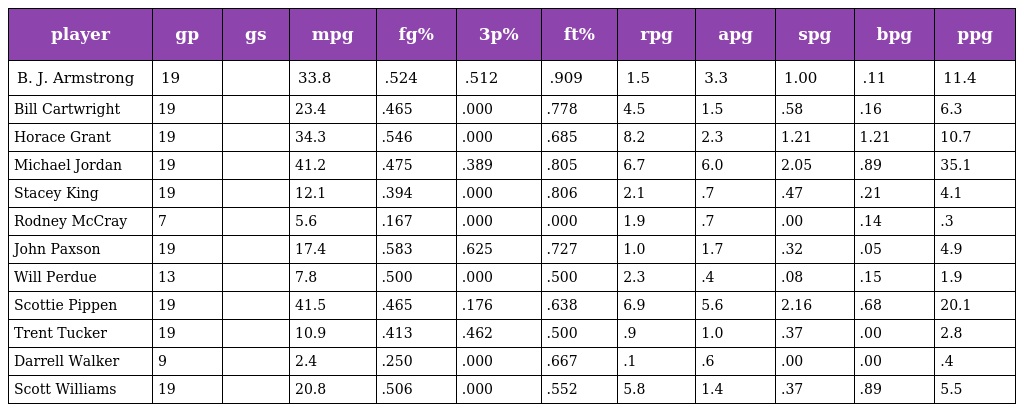
| player | gp | gs | mpg | fg% | 3p% | ft% | rpg | apg | spg | bpg | ppg |
 | --- | --- | --- | --- | --- | --- | --- | --- | --- | --- | --- | --- |
 | B. J. Armstrong | 19 |  | 33.8 | .524 | .512 | .909 | 1.5 | 3.3 | 1.00 | .11 | 11.4 |
 | Bill Cartwright | 19 |  | 23.4 | .465 | .000 | .778 | 4.5 | 1.5 | .58 | .16 | 6.3 |
 | Horace Grant | 19 |  | 34.3 | .546 | .000 | .685 | 8.2 | 2.3 | 1.21 | 1.21 | 10.7 |
 | Michael Jordan | 19 |  | 41.2 | .475 | .389 | .805 | 6.7 | 6.0 | 2.05 | .89 | 35.1 |
 | Stacey King | 19 |  | 12.1 | .394 | .000 | .806 | 2.1 | .7 | .47 | .21 | 4.1 |
 | Rodney McCray | 7 |  | 5.6 | .167 | .000 | .000 | 1.9 | .7 | .00 | .14 | .3 |
 | John Paxson | 19 |  | 17.4 | .583 | .625 | .727 | 1.0 | 1.7 | .32 | .05 | 4.9 |
 | Will Perdue | 13 |  | 7.8 | .500 | .000 | .500 | 2.3 | .4 | .08 | .15 | 1.9 |
 | Scottie Pippen | 19 |  | 41.5 | .465 | .176 | .638 | 6.9 | 5.6 | 2.16 | .68 | 20.1 |
 | Trent Tucker | 19 |  | 10.9 | .413 | .462 | .500 | .9 | 1.0 | .37 | .00 | 2.8 |
 | Darrell Walker | 9 |  | 2.4 | .250 | .000 | .667 | .1 | .6 | .00 | .00 | .4 |
 | Scott Williams | 19 |  | 20.8 | .506 | .000 | .552 | 5.8 | 1.4 | .37 | .89 | 5.5 |